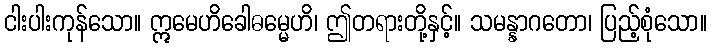
ငါးပါးကုန်သော။ ဣမေဟိခေါဓမ္မေဟိ၊ ဤတရားတို့နှင့်။ သမန္နာဂတော၊ ပြည့်စုံသော။